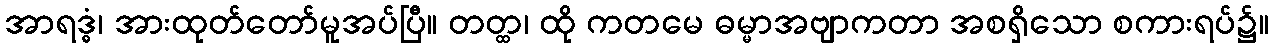
အာရဒ္ဓံ၊ အားထုတ်တော်မူအပ်ပြီ။ တတ္ထ၊ ထို ကတမေ ဓမ္မာအဗျာကတာ အစရှိသော စကားရပ်၌။